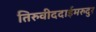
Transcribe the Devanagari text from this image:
तिरुवीददाईमरुदुर